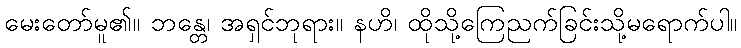
မေးတော်မူ၏။ ဘန္တေ၊ အရှင်ဘုရား။ နဟိ၊ ထိုသို့ကြေညက်ခြင်းသို့မရောက်ပါ။